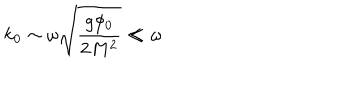
LaTeX: k _ { 0 } \sim \omega \sqrt { \frac { g \phi _ { 0 } } { 2 M ^ { 2 } } } \ll \omega